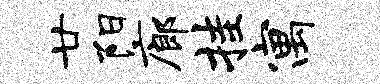
廿阳廊挂寓